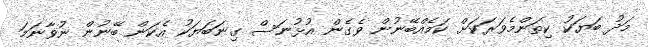
މަދު ބަޔަކު ކިތަންމެވަރަކަށް ކަމެއްބޭނުން ވެގެން އުޅުނަސް ގިނަބަޔަކު އެކަން ބޭނުން ނުވާނަމަ